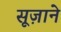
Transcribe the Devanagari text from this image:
सूज़ाने